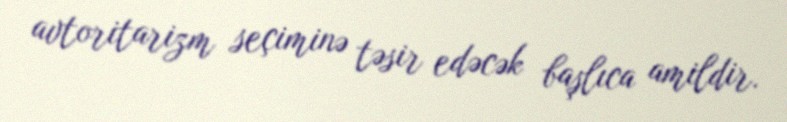
avtoritarizm seçiminə təsir edəcək başlıca amildir.